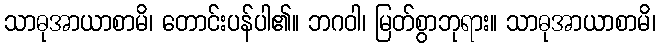
သာဓုအာယာစာမိ၊ တောင်းပန်ပါ၏။ ဘဂဝါ၊ မြတ်စွာဘုရား။ သာဓုအာယာစာမိ၊